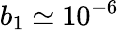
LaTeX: b_{1}\simeq 10^{-6}